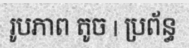
រូបភាព តូច | ប្រព័ន្ធ